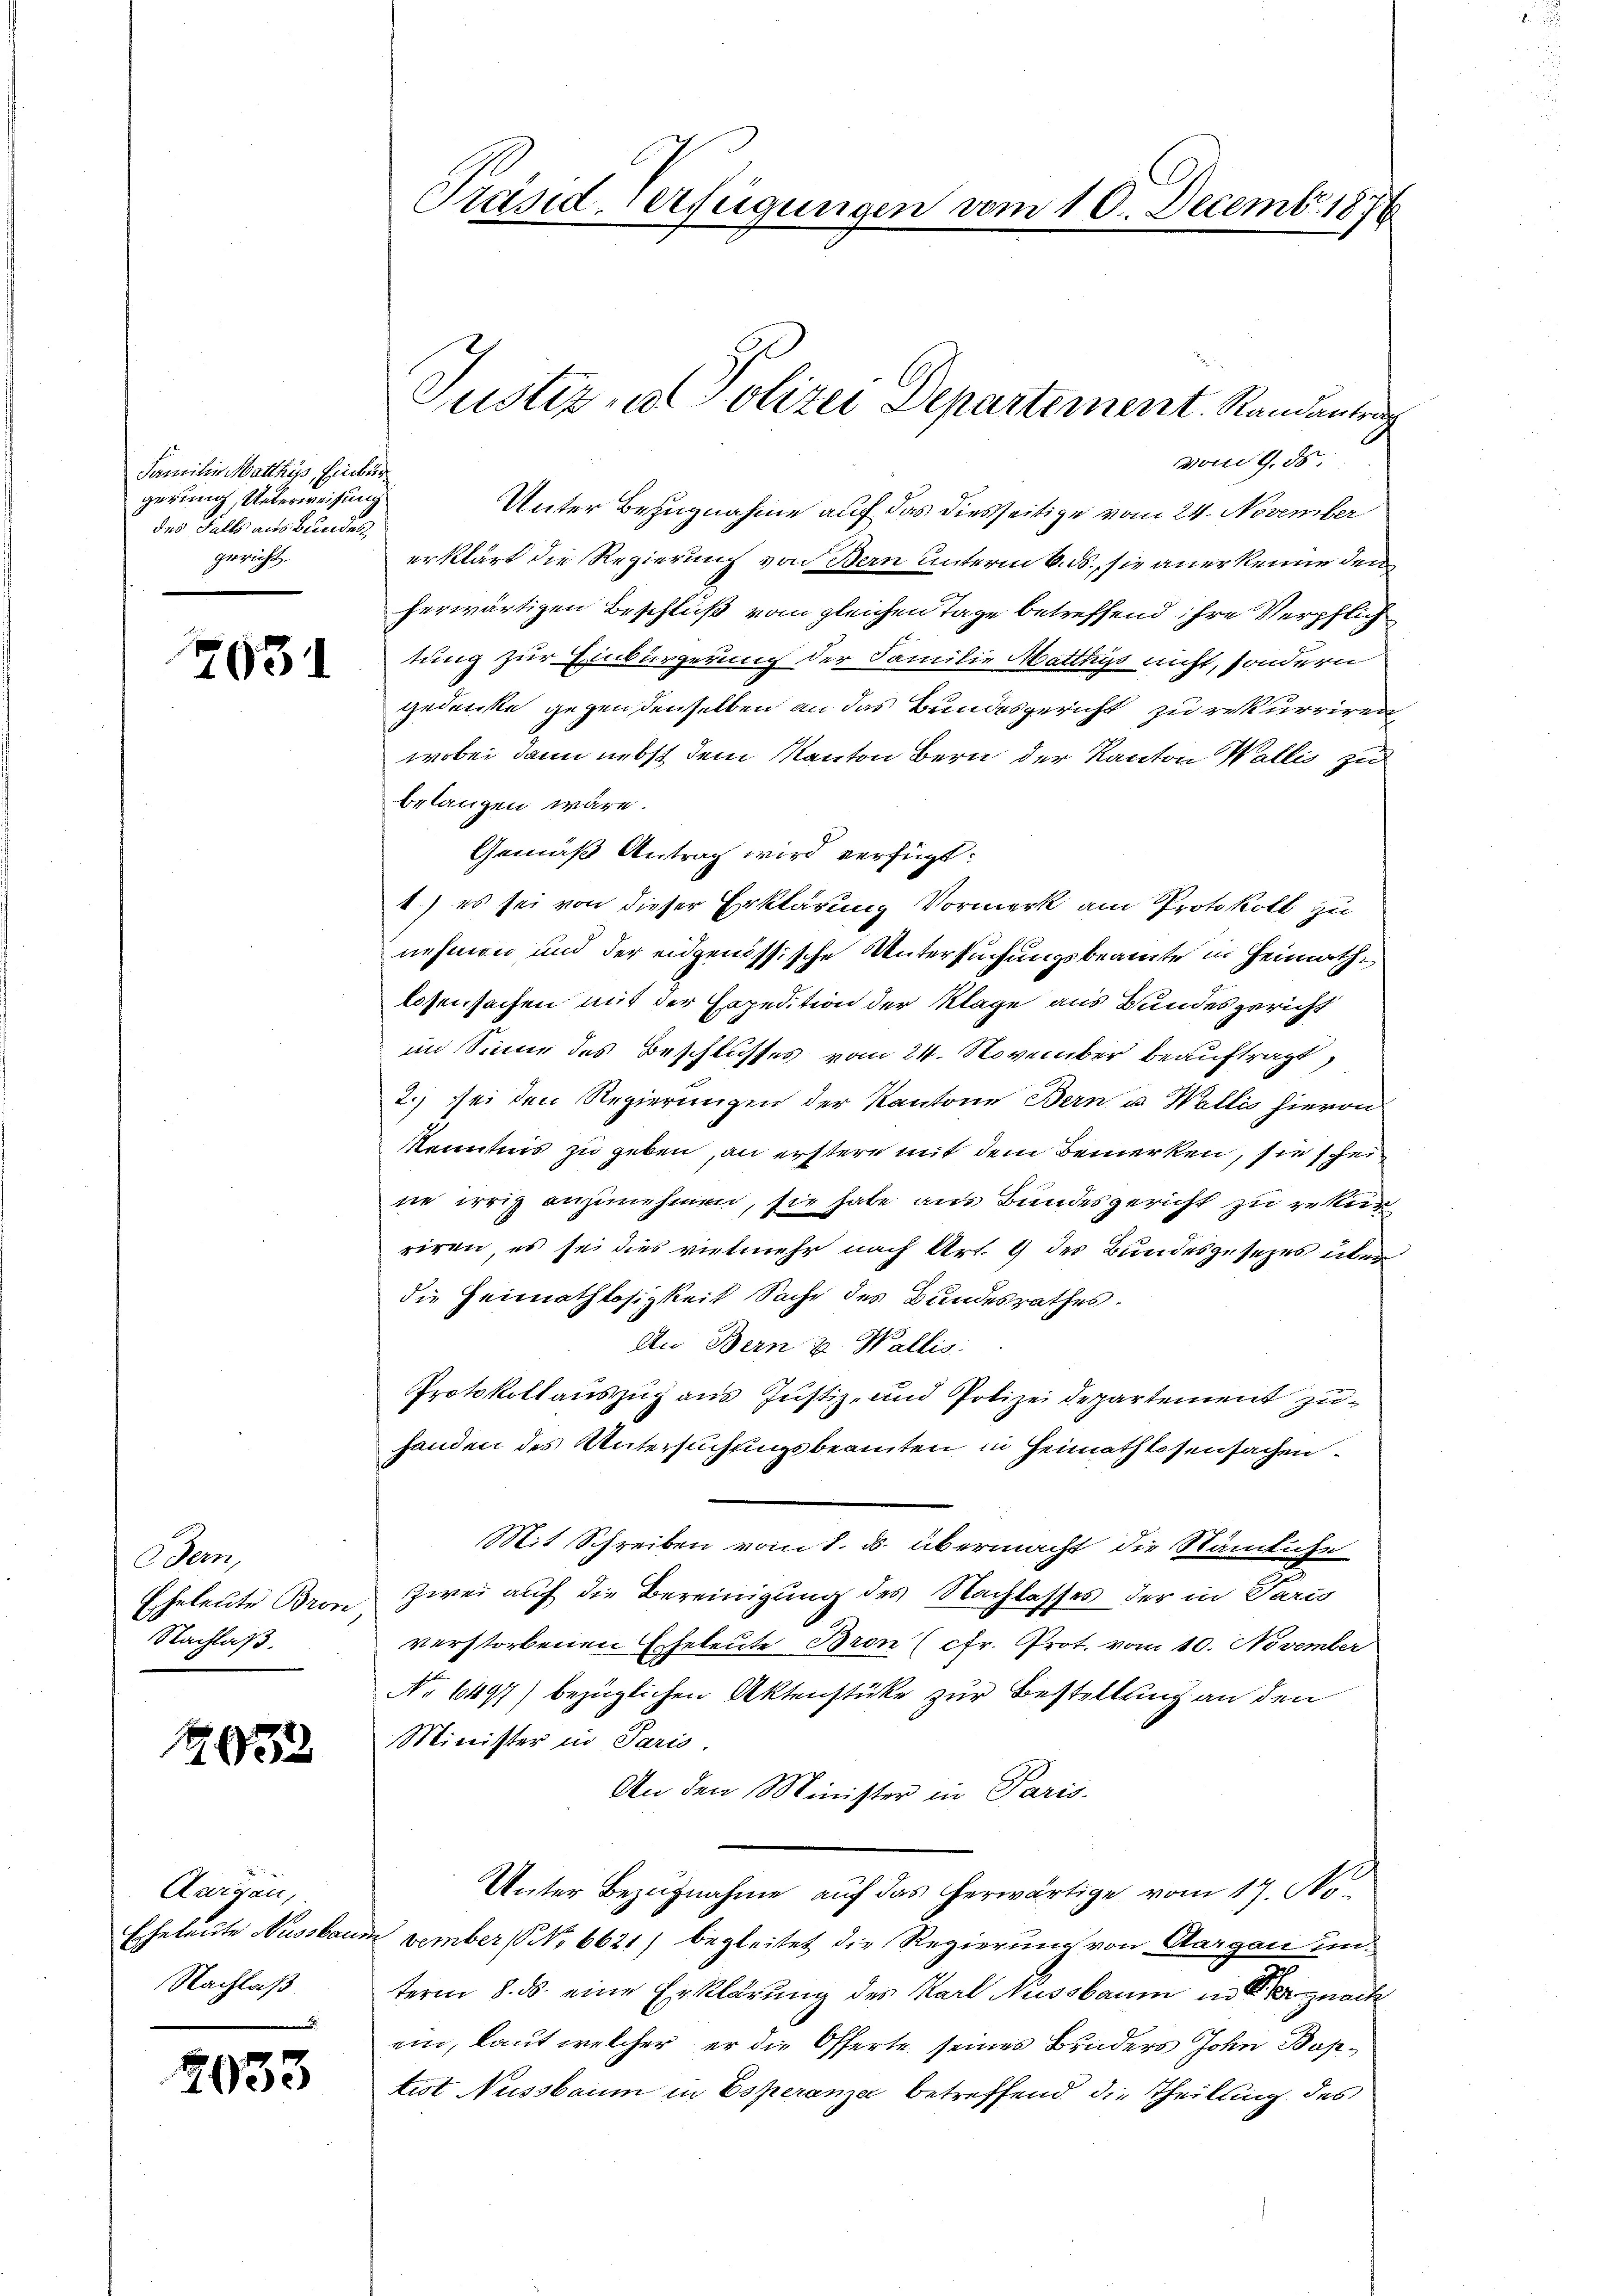
Familie Matthyss, Einbur
gerung, Unterweisung
des Falls aus Bundes
gericht.

7031

Ddem
Nachlaß.

33

Aargau,
Nachlaß.

2033

vom 9. ds.
Unter Bezugnahme auf das diesseitige vom 24. November
erklärt die Regierung von Bern unterm 6. ds., sie anerkenne den
herwärtigen Beschluß vom gleichen Tage betreffend ihre Verpflich
tung zur Einbürgerung der Familie Matthys nicht, sondern
gedenke gegen denselben an das Bundesgericht zu rekurriren
wobei dann nebst dem Kanton Bern der Kanton Wallis zu
belangen wäre.
Gemäß Antrag wird verfügt:
1.) es sei von dieser Erklärung Vormerk am Protokoll zu
nehmen, und der eidgenössische Untersuchungsbeamte in Heimathlosensachen mit der Expedition der Klage aus Bundesgericht
im Sinne des Beschlusses vom 24. November beauftragt,
2.) Sei den Regierungen der Kantone Bern u. Wallis hievon
Kenntnis zu geben, an erstere mit dem Bemerken, sie schei
ne irrig anzunehmen, sie habe aus Bundesgericht zu rekur
riren, es sei dies vielmehr nach Art. 9 des Bundesgesezes über
die Heimathlosigkeit Sache des Bundesrathes.
An Bern u. Wallis.
Protokollauszug aus Justiz- und Polizeidepartement zu
handen des Untersuchungsbeamten in Heimathlosensachen
Mit Schreiben vom 8. ds. übermacht die Nämliche
Eheleute Bron zwei auf die Bereinigung des Nachlasses der in Paris
verstorbenen Eheleute Bron (cfr. Prot. vom 10. November
No 6497) bezüglichen Aktenstüke zur Bestellung an den
Minister in Paris.
An den Minister in Paris
Unter Bezugnahme auf das herwärtige vom 17. No¬
Eheleute Nussbaum vember (NNo 6621) begleitet die Regierung von Aargau un
term 8. ds. eine Erklärung des Karl Nussbaum in der nach
ein, laut welcher er die Offerte seines Bruders John Bostiot Nussbaum in Esperanza betreffend die Theilung des

Präsid. Verfügungen vom 10. Decemb. 1876.

Justiz u. Polizei Departement. Randantrag